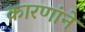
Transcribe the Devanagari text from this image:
कारणांने